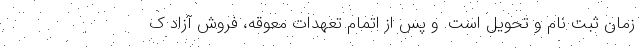
زمان ثبت نام و تحویل است. و پس از اتمام تعهدات معوقه، فروش آزاد ک